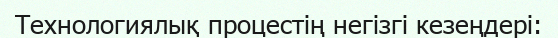
Технологиялық процестің негізгі кезеңдері: